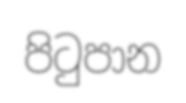
පිටුපාන